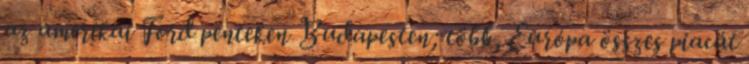
az amerikai Ford pénteken Budapesten; több, Európa összes piacát